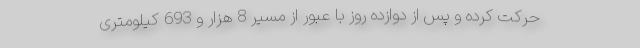
حرکت کرده و پس از دوازده روز با عبور از مسیر 8 هزار و 693 کیلومتری